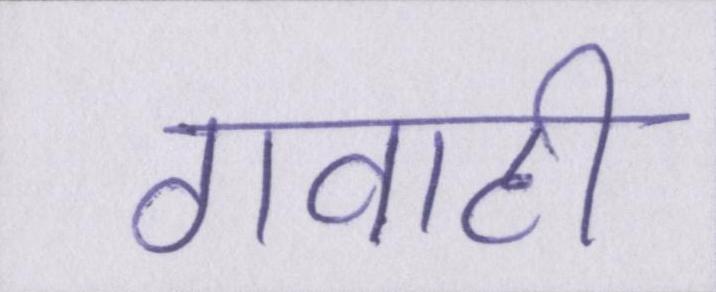
गवाही